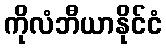
ကိုလံဘီယာနိုင်ငံ